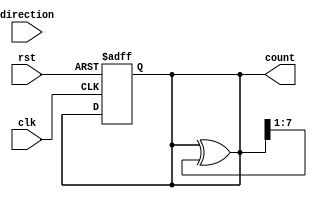
module gray_counter (
    input wire clk,
    input wire rst,
    input wire direction,
    output reg [N-1:0] count
);

parameter N = 8; // Number of bits for the counter
reg [N-1:0] next_count;

always @(posedge clk or posedge rst)
begin
    if (rst) 
        count <= 0;
    else if (direction)
        next_count <= count + 1;
    else
        next_count <= count - 1;
end

// Convert binary count to Gray code
assign count = count ^ (count >> 1);

endmodule